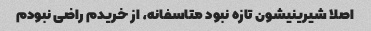
اصلا شیرینیشون تازه نبود متاسفانه، از خریدم راضی نبودم